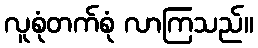
လူစုံတက်စုံ လာကြသည်။